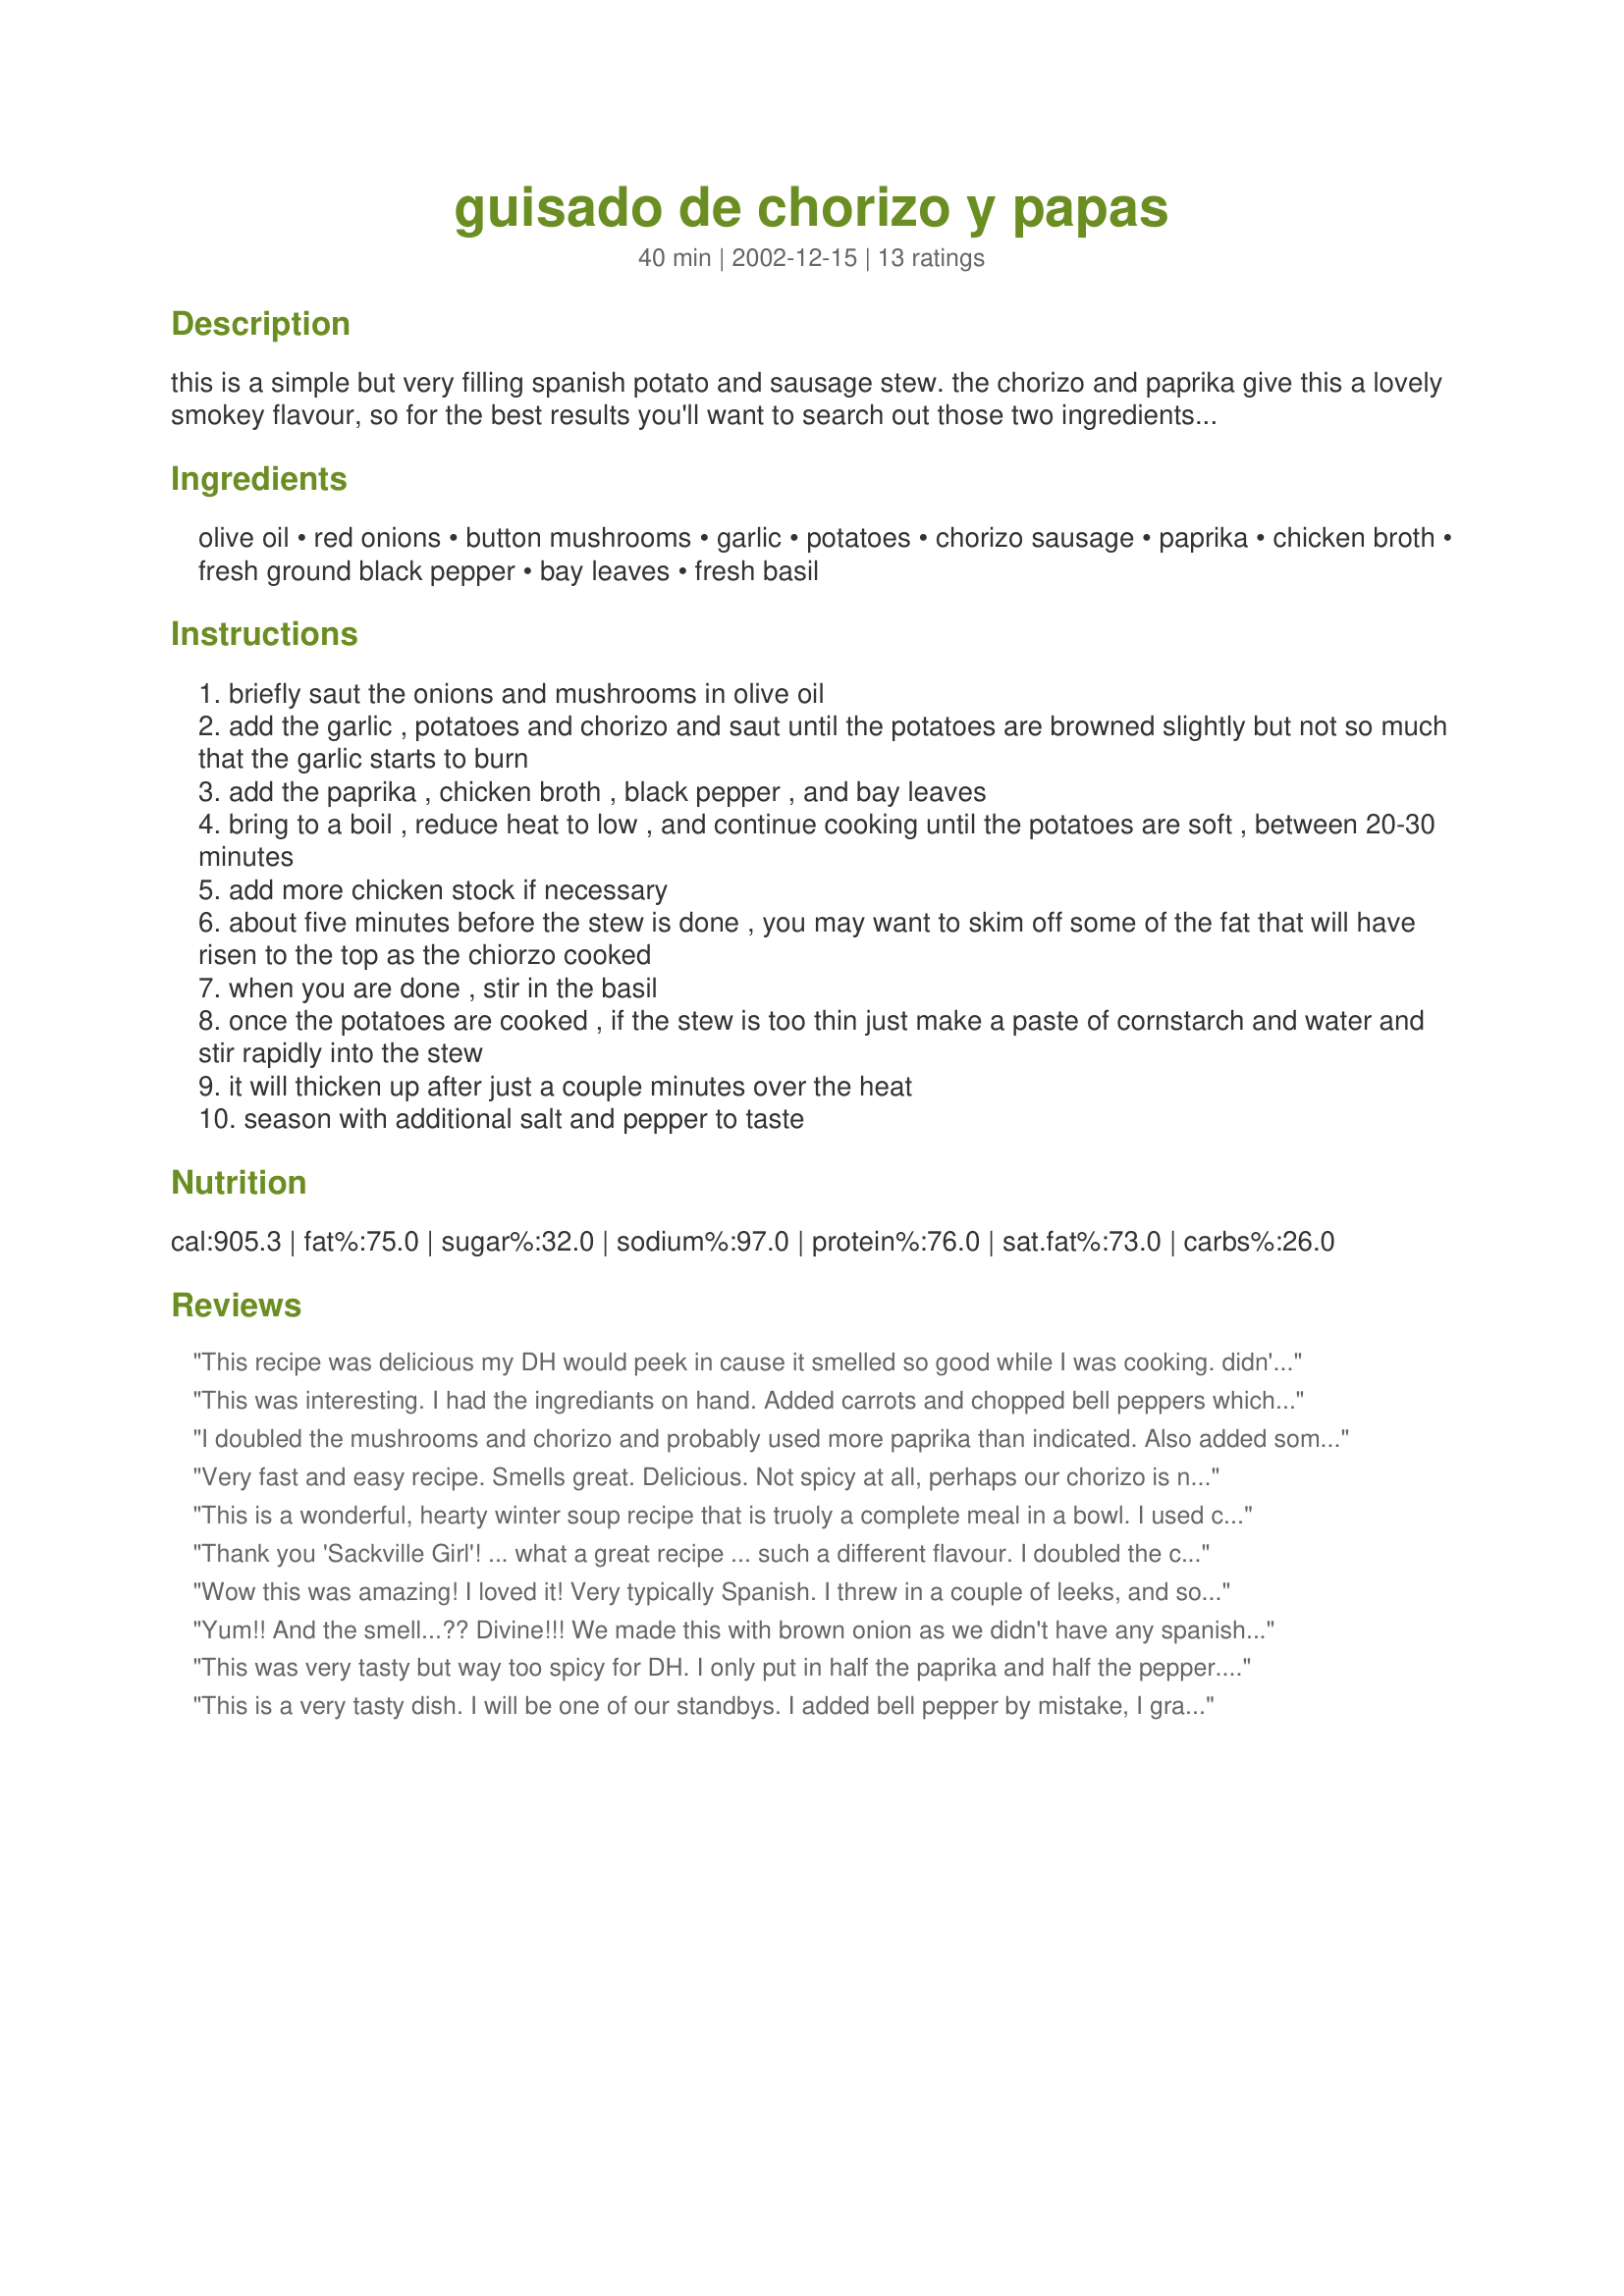
guisado de chorizo y papas
Preparation time: 40 minutes

this is a simple but very filling spanish potato and sausage stew. the chorizo and paprika give this a lovely smokey flavour, so for the best results you'll want to search out those two ingredients. otherwise, you could add in any number of vegetables. try corn, carrots or green peppers. the kind of chorizo to use in this dish is the raw pork sausage, not the variety that is more like a deli meat.

Ingredients:
olive oil, red onions, button mushrooms, garlic, potatoes, chorizo sausage, paprika, chicken broth, fresh ground black pepper, bay leaves, fresh basil

Steps:
briefly saut the onions and mushrooms in olive oil
add the garlic , potatoes and chorizo and saut until the potatoes are browned slightly but not so much that the garlic starts to burn
add the paprika , chicken broth , black pepper , and bay leaves
bring to a boil , reduce heat to low , and continue cooking until the potatoes are soft , between 20-30 minutes
add more chicken stock if necessary
about five minutes before the stew is done , you may want to skim off some of the fat that will have risen to the top as the chiorzo cooked
when you are done , stir in the basil
once the potatoes are cooked , if the stew is too thin just make a paste of cornstarch and water and stir rapidly into the stew
it will thicken up after just a couple minutes over the heat
season with additional salt and pepper to taste

Reviews:
This recipe was delicious my DH would peek in cause it smelled so good while I was cooking. didn't put all the chicken stock only 3 cups and 5 potatoes & green bell pepper, we wanted it less soupie, and we had some tortillas on the side, delish!!!
This was interesting. I had the ingrediants on hand. Added carrots and chopped bell peppers which worked quite well.
It took longer to prepare than I expected. There were too many ingrediants in the pan for the potatoes to brown and the chorizo did not stay in "bite sized pieces". I did have to thicken it before I served it. 

We topped the stew with some sour cream and lime. The sour cream cooled it down and mellowed out the flavors. 

Served it with warmed tortillas, my son used the stew to stuff the tortillas. Both DH and DS gave it 4-5 stars. DH had seconds and is planning on mixing it with eggs for breakfast tommorrow. 

At first I wasn't going to use it because of the calorie count shown. I don't think it is correct though. I used a recipe analyzer and, using fat free chicken stock, the calorie count was about 530 calories per serving. That didn't include the sour cream.

Bottom line: This is a really inexpensive dish to make-an excellent budget stretcher. It is hearty and warm-and certainly a meal by itself. It hit the spot on a rainy night, has a good aroma and qualifies as comfort food.
I doubled the mushrooms and chorizo and probably used more paprika than indicated. Also added some green peppers and a dollop of sour cream. The dish definitely had a lovely smokiness. And the sour cream was a great addition.
Very fast and easy recipe. Smells great. Delicious. Not spicy at all, perhaps our chorizo is not spicy.
This is a wonderful, hearty winter soup recipe that is truoly a complete meal in a bowl. I used carrots rather than mushrooms, since they were what we had on hand, and I found their sweetness and the simple taste of the potatoes were a nice balance to the spicy chorizo and smoky Spanish paprika. I do think next time I make it, I will chill it so I can separate the fat more easily, and then reheat to serve. Thank you for posting.
Thank you 'Sackville Girl'! ... what a great recipe ... such a different flavour.
I doubled the chorizo and more mushroom and only used 4 cups of stock ... it must be so hard to thicken if you use 5-6 cups.
Will definately use this again.
Wow this was amazing! I loved it! Very typically Spanish. I threw in a couple of leeks, and some lamb mergeza (a lot like chorizo). You absolutely must use real Spanish paprika, no substitutes. Has a huge impact on the flavor. I also topped the stew with a little plain yogurt, to cool it off. Can't wait to have it tomorrow too! Will totally make again. I can't believe I just stumbled upon this looking for a way to use the chorizo I had. YUM
Yum!! And the smell...?? Divine!!! We made this with brown onion as we didn't have any spanish onion on hand but it was still delishious. We also served it with a really nice loaf of bread and a dollop of sour cream. So yum. We will defintely make this again. Thank you for posting a great recipe :)
This was very tasty but way too spicy for DH. I only put in half the paprika and half the pepper. The chorizo was pretty red though, like my spanish grandma used to make, not like a lot of the Mexican chorizo I&#039;ve seen, so maybe it was too spicy. If I make it again, I will add pepper to taste. I also had to use some corn starch to thicken. I should have added a dollop of yogurt to cool it down. I&#039;m looking forward to the leftovers for lunch.
This is a very tasty dish. I will be one of our standbys. I added bell pepper by mistake, I grabbed and chopped it up and threw it in then reread the recipe, opps! It was a just fine addition. The mushrooms are a must to round out the flavors of the dish.
This was a delicious and fast recipe. I have also used hamburger and chicken instead of chorizo to reduce the fat and it's still tasty. Just need to add salt if you do this. Add some crumbled bacon and it's even better. It is spicy, but it that's what makes this dish awesome, too.
absolutely delicious one dish meal. I used soyrizo (a soy chorizo substitute) in this recipe because the store had no chorizo, but i don't think it took anything away (except alot of the fat and cholestoral)HD loves chorizo but won't eat unfamiliar foods, so i didn't tell him it was soy until he had already raved of how delicious it was. i added 2 diced jalapenos and 4 diced roma tomatoes. leftovers may go into scrambled eggs or as filling of empanadas. either way will be great!
This recipe is fantastic. Didn't have mushrooms so used zucchini instead. Family and I loved it. Going to be one of our favorites.
